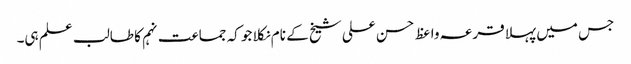
جس میں پہلا قرعہ واعظ حسن علی شیخ کے نام نکلا جو کہ جماعت نہم کا طالب علم ہی۔